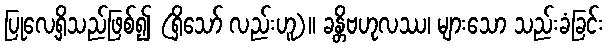
ပြုလေ့ရှိသည်ဖြစ်၍ (ရှိသော် လည်းဟူ)။ ခန္တိဗဟုလဿ၊ များသော သည်းခံခြင်း